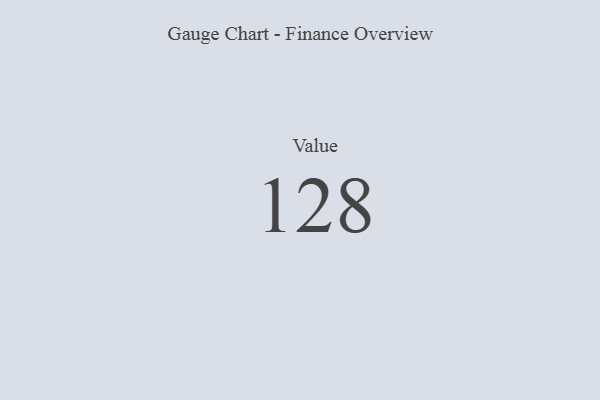
{"axis": {"x": "Metric", "y": "Value"}, "legend": [""], "data": [{"x": "Value", "y": 128, "type": ""}]}